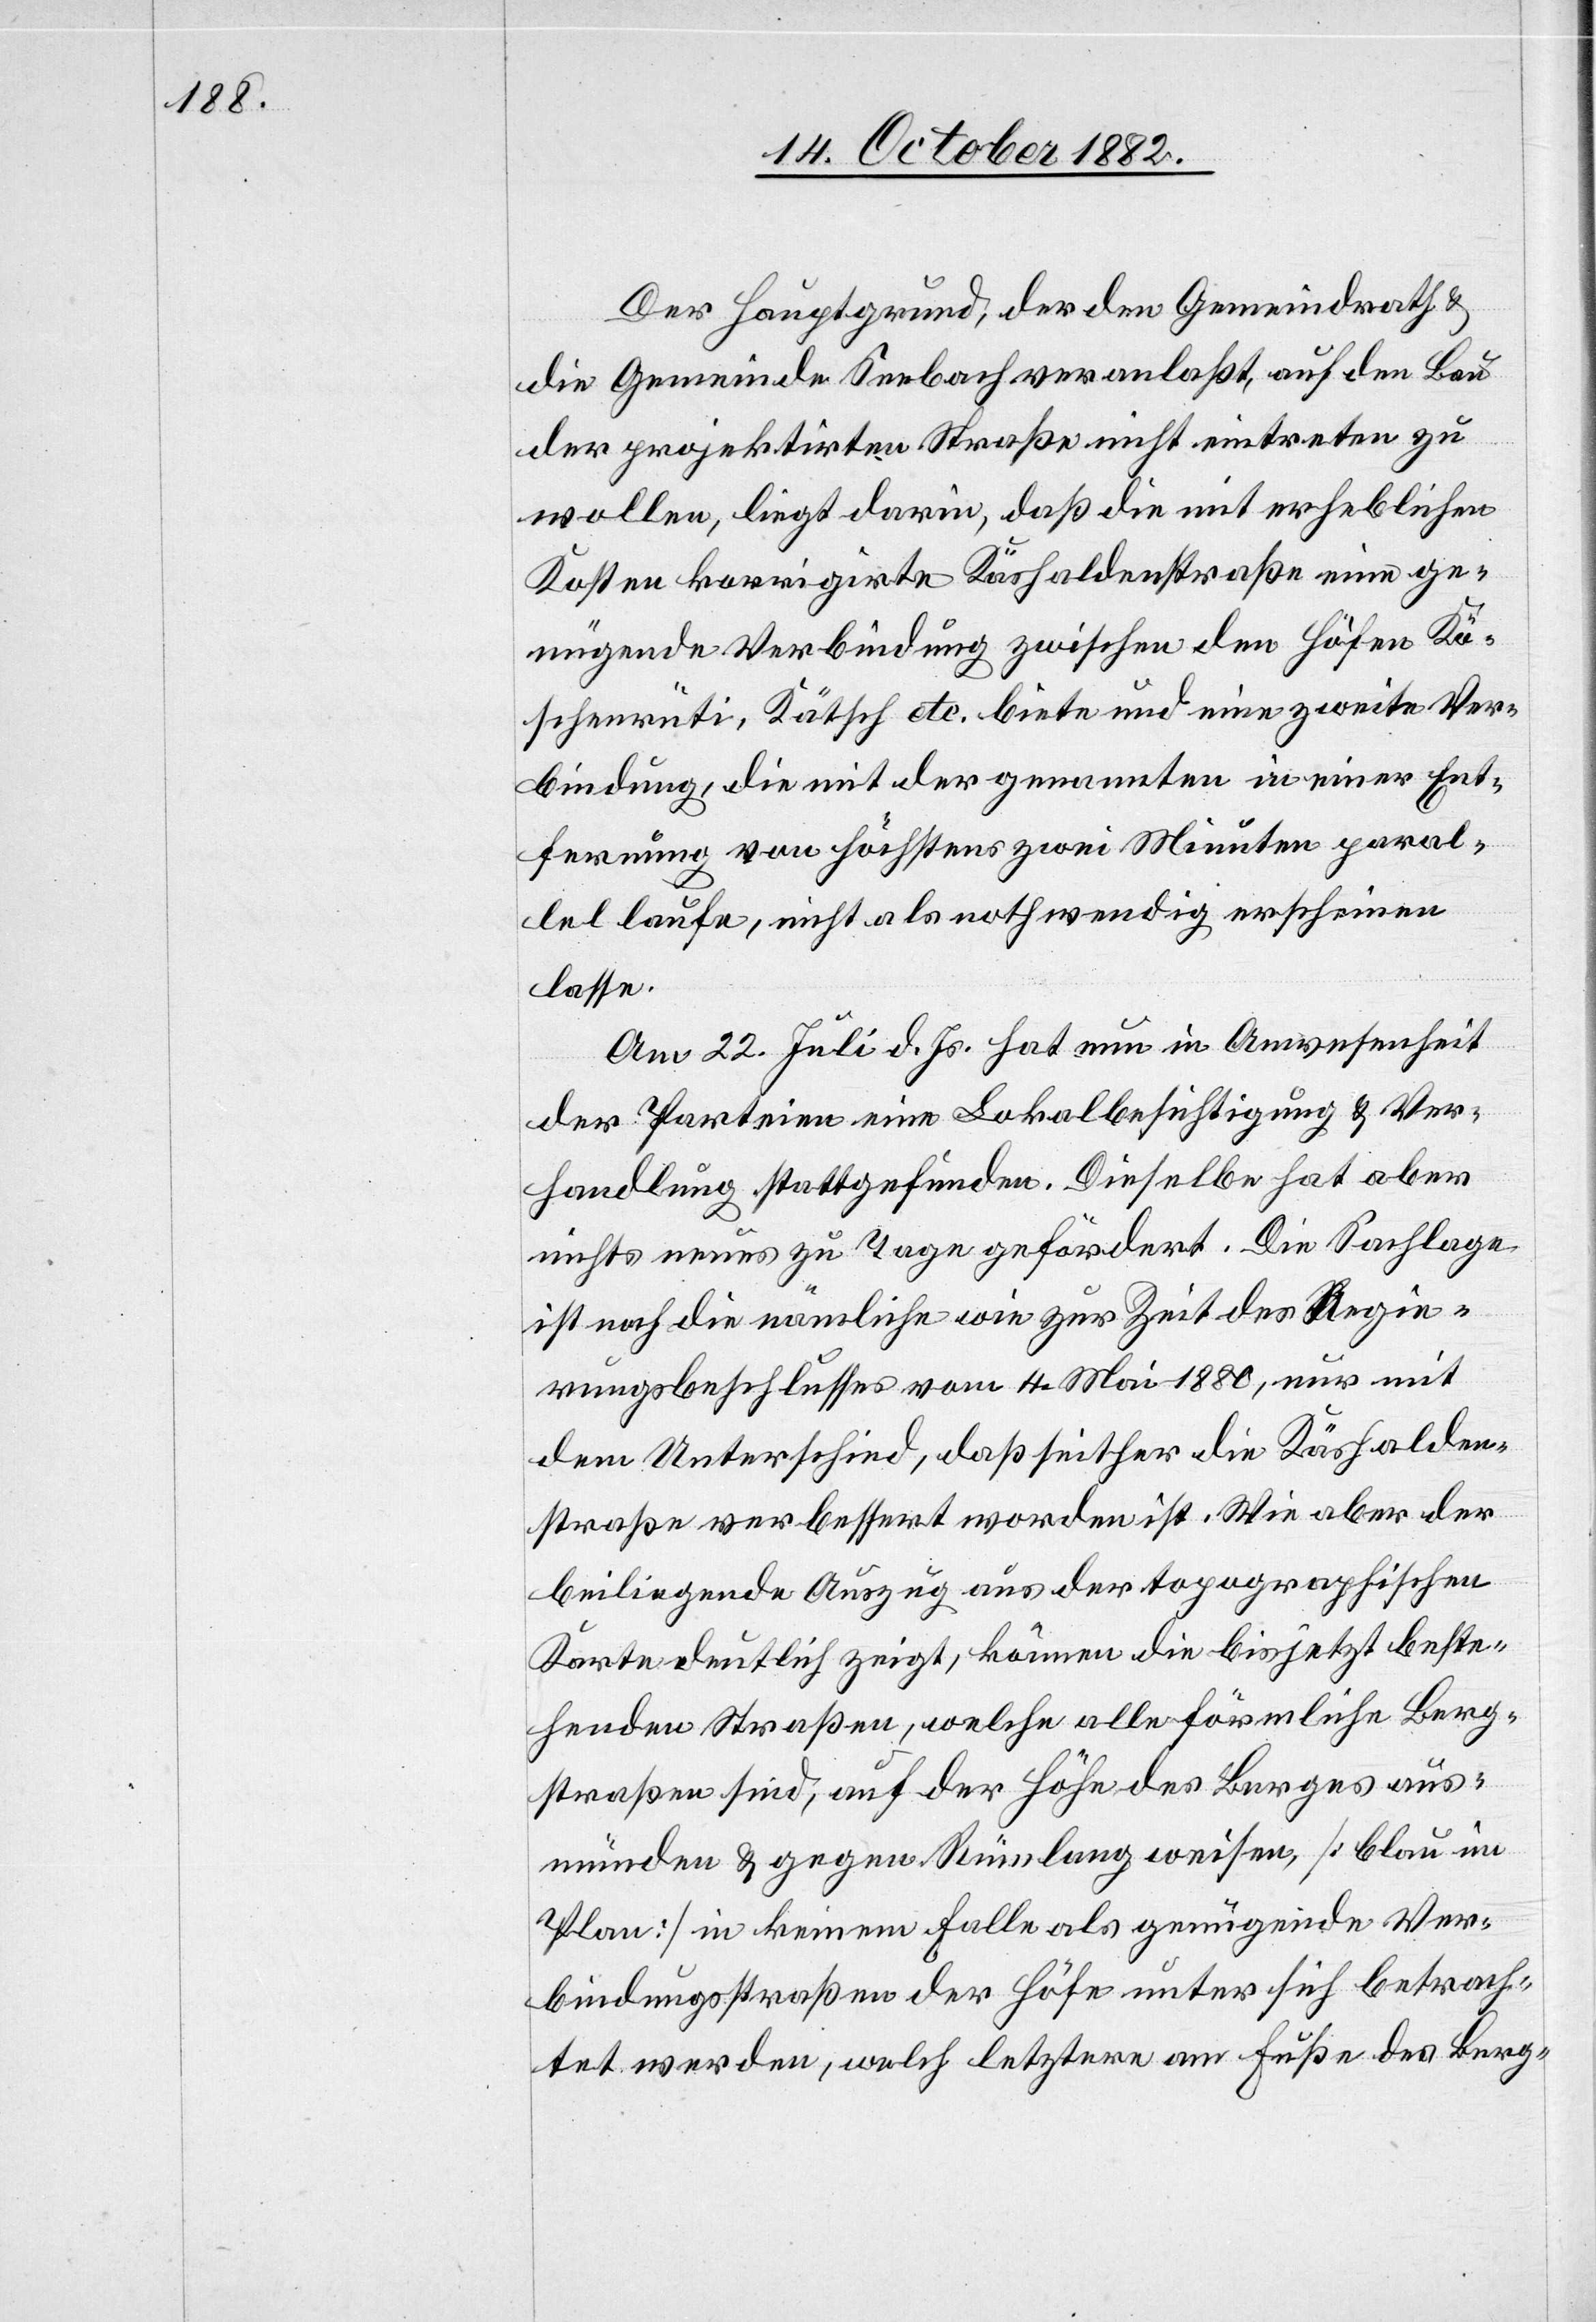
Der Hauptgrund, der den Gemeindrath &
die Gemeinde Seebach veranlaßt, auf den Bau
der projektirten Straße nicht eintreten zu
wollen, liegt darin, daß die mit erheblichen
Kosten korrigirte Käshaldenstraße eine ge¬
nügende Verbindung zwischen den Höfen Kö¬
schenrüti, Kätsch etc. biete und eine zweite Ver¬
bindung, die mit der genannten in einer Ent¬
fernung von höchstens zwei Minuten paral¬
lel laufe, nicht als nothwendig erscheinen
lasse.
Am 22. Juli d. Js. hat nun in Anwesenheit
der Parteien eine Lokalbesichtigung & Ver¬
handlung stattgefunden. Dieselbe hat aber
nichts neues zu Tage gefördert. Die Sachlage
ist noch die nämliche wie zur Zeit des Regie¬
rungsbeschlusses vom 4. Mai 1880, nur mit
dem Unterschied, daß seither die Käshalden¬
straße verbessert worden ist. Wie aber der
beiliegende Auszug aus der topographischen
Karte deutlich zeigt, können die bis jetzt beste¬
henden Straßen, welche alle förmliche Berg¬
straßen sind, auf der Höhe des Berges aus¬
münden & gegen Rümlang weisen, [blau im
Plan] in keinem Falle als genügende Ver¬
bindungsstraßen der Höfe unter sich betrach¬
tet werden, welch letztere am Fuße des Berg-